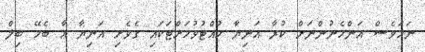
ނަމަވެސް އަންހެނުންނަށް ކުރާ އަނިޔާ ހުއްޓުވުމަށްޓަކައި ގެވެށި އަނިޔާ އާ ބެހޭ ބިލް